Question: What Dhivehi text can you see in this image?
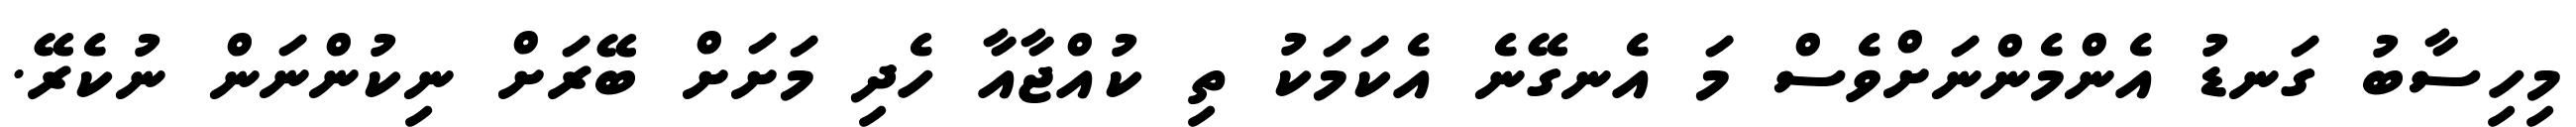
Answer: މިހިސާބު ގަނޑު އެންމެންނަށްވެސް މަ އެނގޭނެ އެކަމަކު ތި ކުއްޖާއާ ހެދި މަށަށް ބޭރަށް ނިކުންނަން ނުކެރޭ.